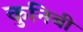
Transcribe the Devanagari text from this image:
कुनिबी